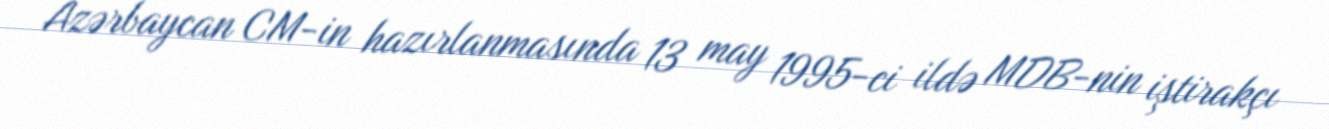
Azərbaycan CM-in hazırlanmasında 13 may 1995-ci ildə MDB-nin iştirakçı